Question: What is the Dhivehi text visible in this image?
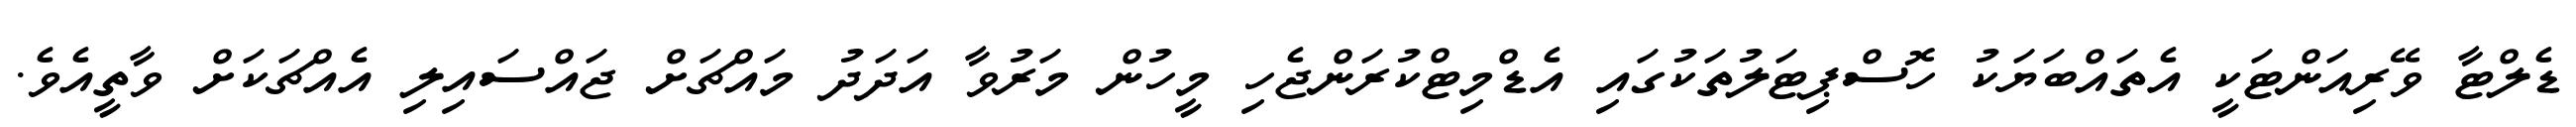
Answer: ޑެލްޓާ ވޭރިއަންޓަކީ އެތައްބަޔަކު ހޮސްޕިޓަލުތަކުގައި އެޑްމިޓްކުރަންޖެހި މީހުން މަރުވާ އަދަދު މައްޗަށް ޖައްސައިލި އެއްޗަކަށް ވާތީއެވެ.